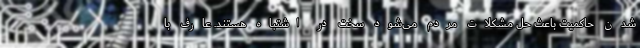
شدن حاکمیت باعث حل مشکلات مردم می‌شود سخت در اشتباه هستند. عارف با